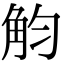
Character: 𧣏